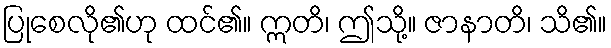
ပြုစေလို၏ဟု ထင်၏။ ဣတိ၊ ဤသို့။ ဇာနာတိ၊ သိ၏။